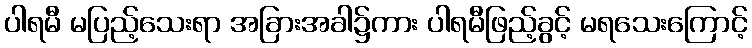
ပါရမီ မပြည့်သေးရာ အခြားအခါ၌ကား ပါရမီဖြည့်ခွင့် မရသေးကြောင့်